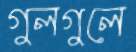
গুলগুলে